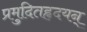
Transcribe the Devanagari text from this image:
प्रमुदितहृदयन्